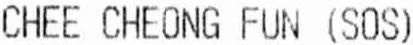
CHEE CHEONG FUN (SOS)